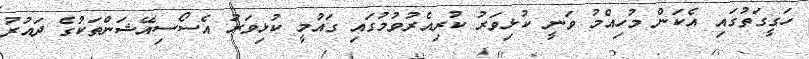
ހަގީގަތުގައި އެކަން މުހިއްމު ވަނީ ކުޅިވަރު ކުރިއެރުވުމުގައި ގައުމީ ކުޅިވަރު އެސޯސިއޭޝަންތަކުގެ ދައުރު